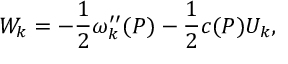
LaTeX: W _ { k } = - { \frac { 1 } { 2 } } \omega _ { k } ^ { \prime \prime } ( P ) - { \frac { 1 } { 2 } } c ( P ) U _ { k } ,